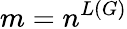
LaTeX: m=n^{L(G)}